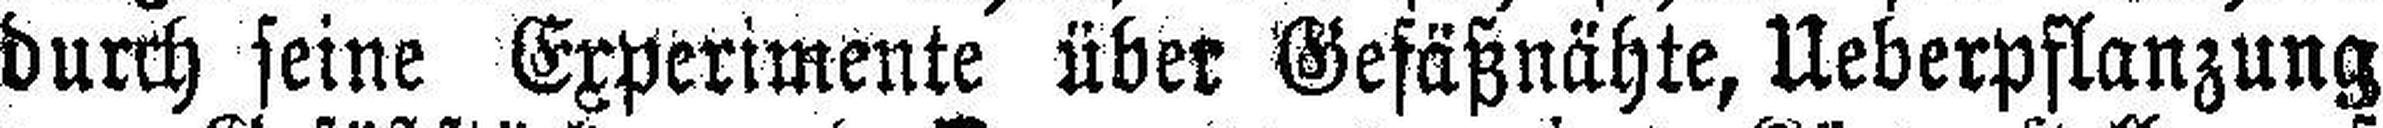
durch seine Experimente über Gefäßnähte, Ueberpflanzung